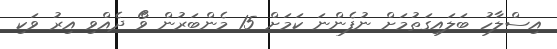
އިސްލާހު ބަލައިގަތުމަށް ނުފެންނަ ކަމަށް 15 މެންބަރުން ވޯް ދެއްވި އިރު ވަކި